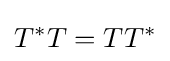
T^{\ast }T=TT^{\ast }